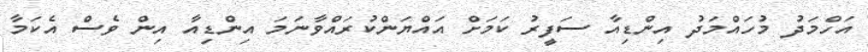
އަހްމަދު މުހައްމަދު އިންޑިއާ ސަފީރު ކަމަށް އައްޔަންކުރައްވާނަމަ އިންޑިއާ އިން ވެސް އެކަމާ